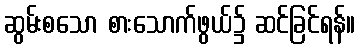
ဆွမ်းစသော စားသောက်ဖွယ်၌ ဆင်ခြင်ရန်။